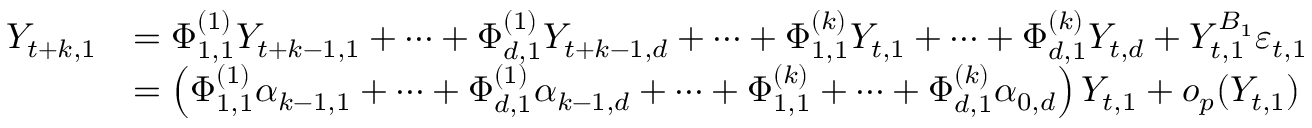
\begin{array} { r l } { Y _ { t + k , 1 } } & { = \Phi _ { 1 , 1 } ^ { ( 1 ) } Y _ { t + k - 1 , 1 } + \cdots + \Phi _ { d , 1 } ^ { ( 1 ) } Y _ { t + k - 1 , d } + \cdots + \Phi _ { 1 , 1 } ^ { ( k ) } Y _ { t , 1 } + \cdots + \Phi _ { d , 1 } ^ { ( k ) } Y _ { t , d } + Y _ { t , 1 } ^ { B _ { 1 } } \varepsilon _ { t , 1 } } \\ & { = \left( \Phi _ { 1 , 1 } ^ { ( 1 ) } \alpha _ { k - 1 , 1 } + \cdots + \Phi _ { d , 1 } ^ { ( 1 ) } \alpha _ { k - 1 , d } + \cdots + \Phi _ { 1 , 1 } ^ { ( k ) } + \cdots + \Phi _ { d , 1 } ^ { ( k ) } \alpha _ { 0 , d } \right) Y _ { t , 1 } + o _ { p } ( Y _ { t , 1 } ) } \end{array}